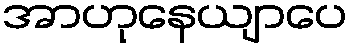
အာဟုနေယျာပေ